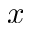
x